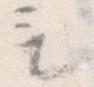
も